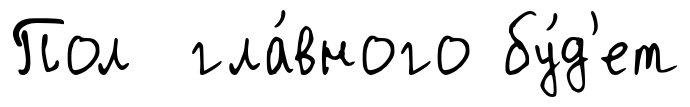
Пол гла́вного бу́д'ет